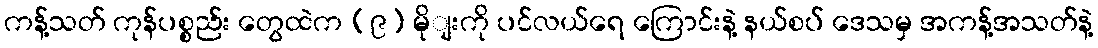
ကန့်သတ် ကုန်ပစ္စည်း တွေထဲက (၉) မိုျးကို ပင်လယ်ရေ ကြောင်းနဲ့ နယ်စပ် ဒေသမှ အကန့်အသတ်နဲ့